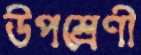
উপশ্রেণী